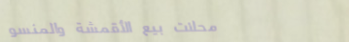
محلات بيع الأقمشة والمنسو